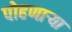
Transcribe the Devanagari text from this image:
पोहणाऱ्या